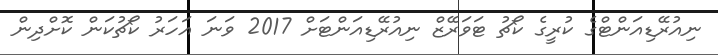
ނިއުރޭޑިއަންޓްގެ ކުރީގެ ކޯޗު ޓަވަރޭޒް ނިއުރޭޑިއަންޓަށް 2017 ވަނަ އަހަރު ކޯޗުކަން ކޮށްދިން